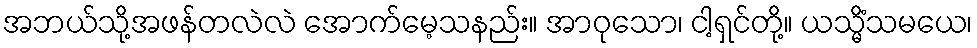
အဘယ်သို့အဖန်တလဲလဲ အောက်မေ့သနည်း။ အာဝုသော၊ ငါ့ရှင်တို့။ ယသ္မိံသမယေ၊